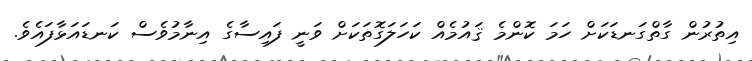
އިތުރުން ގާތްގަނޑަކަށް ހަމަ ކޮންމެ ޤައުމެއް ކަހަލަގޮތަކަށް ވަނީ ފައިސާގެ އިނާމުވެސް ކަނޑައަޅާފައެވެ.